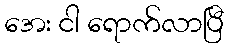
အေး ငါ ရောက်လာပြီ